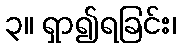
၃။ ရှာ၍ရခြင်း၊